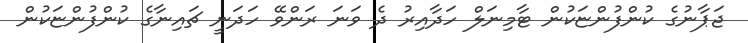
ޖަޕާނުގެ ކުންފުންޏަކުން ޓާމިނަލް ހަދާއިރު ދެ ވަނަ ރަންވޭ ހަދަނީ ޗައިނާގެ ކުންފުންޏަކުން